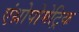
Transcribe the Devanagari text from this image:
एंथ्रोपोमेट्रिक